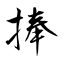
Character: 捧